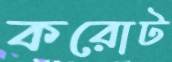
করোট